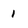
Character: 1